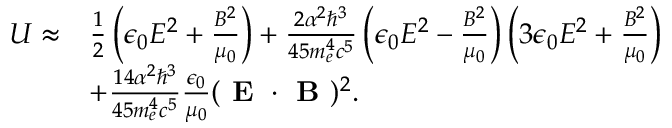
\begin{array} { r l } { U \approx } & { { \frac { 1 } { 2 } } \left( \epsilon _ { 0 } E ^ { 2 } + { \frac { B ^ { 2 } } { \mu _ { 0 } } } \right) + { \frac { 2 \alpha ^ { 2 } \hbar ^ { 3 } } { 4 5 m _ { e } ^ { 4 } c ^ { 5 } } } \left( \epsilon _ { 0 } E ^ { 2 } - { \frac { B ^ { 2 } } { \mu _ { 0 } } } \right) \left( 3 \epsilon _ { 0 } E ^ { 2 } + { \frac { B ^ { 2 } } { \mu _ { 0 } } } \right) } \\ & { + { \frac { 1 4 \alpha ^ { 2 } \hbar ^ { 3 } } { 4 5 m _ { e } ^ { 4 } c ^ { 5 } } } { \frac { \epsilon _ { 0 } } { \mu _ { 0 } } } ( \textbf { E } \cdot \textbf { B } ) ^ { 2 } . } \end{array}